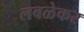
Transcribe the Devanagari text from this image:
लबळेकर